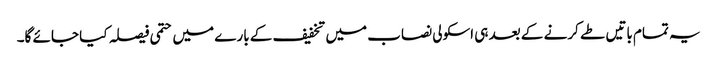
یہ تمام باتیں طے کرنے کے بعد ہی اسکولی نصاب میں تخفیف کے بارے میں حتمی فیصلہ کیا جائے گا۔